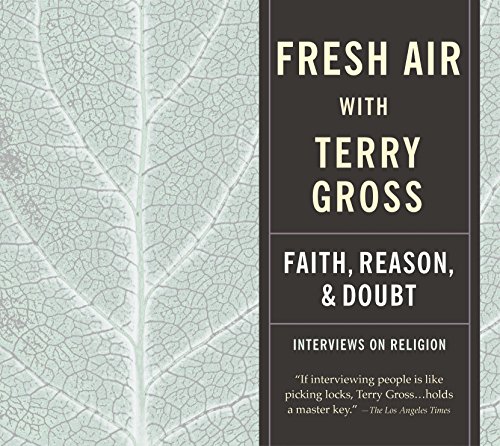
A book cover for Fresh Air: Faith, Reason and Doubt; Terry Gross; Crafts, Hobbies & Home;